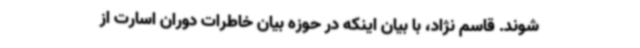
شوند. قاسم نژاد، با بیان اینکه در حوزه بیان خاطرات دوران اسارت از